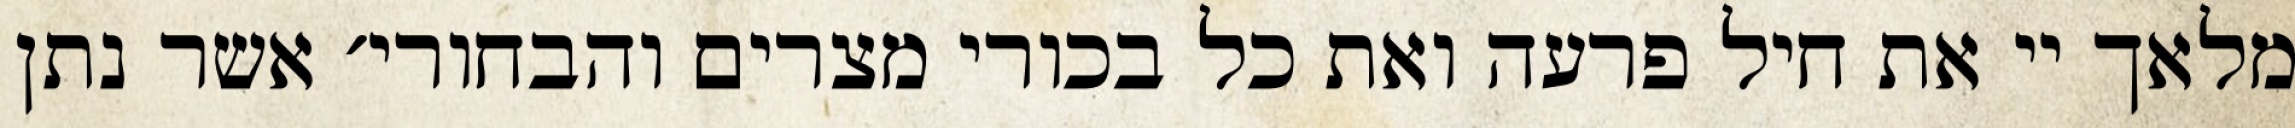
מלאך יי את חיל פרעה ואת כל בכורי מצרים והבחורי׳ אשר נתן